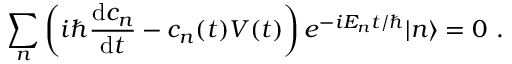
\sum _ { n } \left( i \hbar { \frac { \mathrm { d } c _ { n } } { \mathrm { d } t } } - c _ { n } ( t ) V ( t ) \right) e ^ { - i E _ { n } t / \hbar } | n \rangle = 0 ~ .